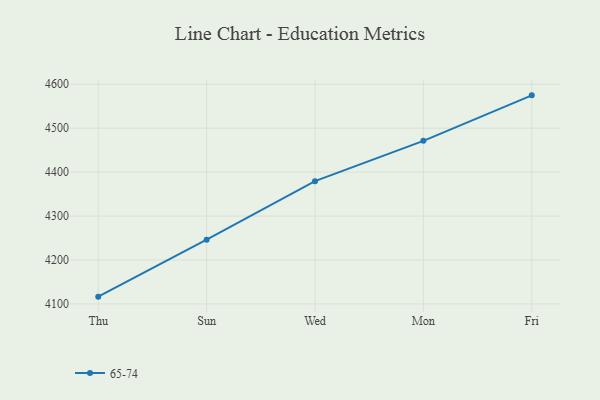
{"axis": {"x": "Day", "y": "Churn Rate (%)"}, "legend": ["65-74"], "data": [{"x": "Thu", "y": 4116.6, "type": "65-74"}, {"x": "Sun", "y": 4246.3, "type": "65-74"}, {"x": "Wed", "y": 4379.5, "type": "65-74"}, {"x": "Mon", "y": 4471.1, "type": "65-74"}, {"x": "Fri", "y": 4574.7, "type": "65-74"}]}